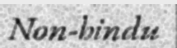
Non-hindu